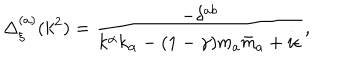
\Delta _ { \xi } ^ { ( a ) } ( k ^ { 2 } ) = \frac { - \delta ^ { a b } } { k ^ { \alpha } k _ { \alpha } - ( 1 - \gamma ) { \sf m } _ { a } \bar { \sf m } _ { a } + i \epsilon } ,